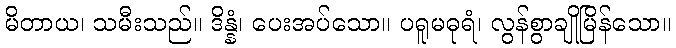
မိတာယ၊ သမီးသည်။ ဒိန္နံ၊ ပေးအပ်သော။ ပရူမဓုရံ၊ လွန်စွာချိုမြိန်သော။